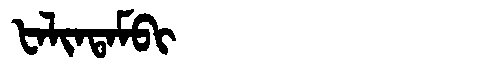
Manchu: ᡶᠠᠯᡳᠨᡨᠠᠮᠪᡳ
Romanization: FALINTAMBI